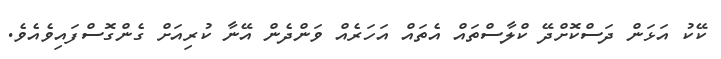
ކޭކު އަޅަން ދަސްކޮށްދޭ ކްލާސްތައް އެތައް އަހަރެއް ވަންދެން އޭނާ ކުރިއަށް ގެންގޮސްފައިވެއެވެ.